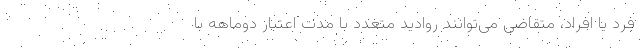
فرد یا افراد، متقاضی می‌توانند روادید متعدد با مدت اعتبار دوماهه با